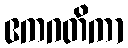
ဧကဂတိကာ